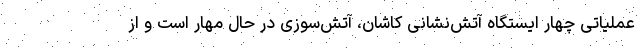
عملیاتی چهار ایستگاه آتش‌نشانی کاشان، آتش‌سوزی در حال مهار است و از